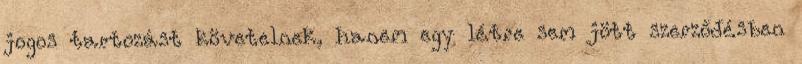
jogos tartozást követelnek, hanem egy létre sem jött szerződésben